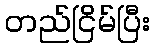
တည်ငြိမ်ပြီး